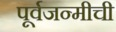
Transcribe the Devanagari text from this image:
पूर्वजन्मीची